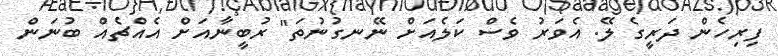
ފިރިހެން ދަރީގެ ލޭ. އެވަރު ވެސް ކަލެއަށް ނޭނގުނުތަ" ރުބީނާއަށް އެއްޗެއް ބުނަން